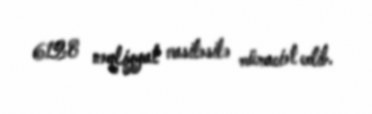
6128 nəqliyyat vasitəsilə müraciət edib.